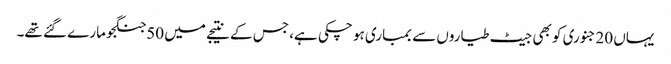
یہاں 20جنوری کو بھی جیٹ طیاروں سے بمباری ہو چکی ہے، جس کے نتیجے میں 50جنگجو مارے گئے تھے۔